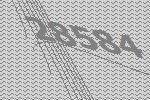
28584